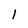
Character: 1